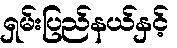
ရှမ်းပြည်နယ်နှင့်